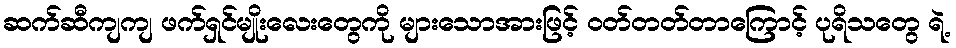
ဆက်ဆီကျကျ ဖက်ရှင်မျိုးလေးတွေကို များသောအားဖြင့် ဝတ်တတ်တာကြောင့် ပုရိသတွေ ရဲ့